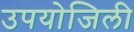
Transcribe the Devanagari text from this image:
उपयोजिली